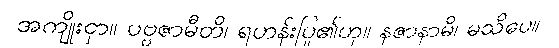
အကျိုးငှာ။ ပဗ္ဗဇာမီတိ၊ ရဟန်းပြု၏ဟု။ နဇာနာမိ၊ မသိပေ။